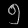
Digit: ၅